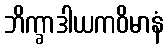
ဘိက္ခာဒါယကဝိမာနံ